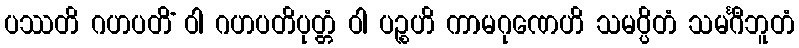
ပဿတိ ဂဟပတိံ ဝါ ဂဟပတိပုတ္တံ ဝါ ပဉ္စဟိ ကာမဂုဏေဟိ သမပ္ပိတံ သမင်္ဂီဘူတံ